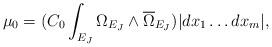
LaTeX: \begin{align*}\mu_0= (C_0 \int_{E_J} \Omega_{E_J}\wedge \overline{\Omega}_{E_J}) |dx_1\ldots dx_m|,\end{align*}